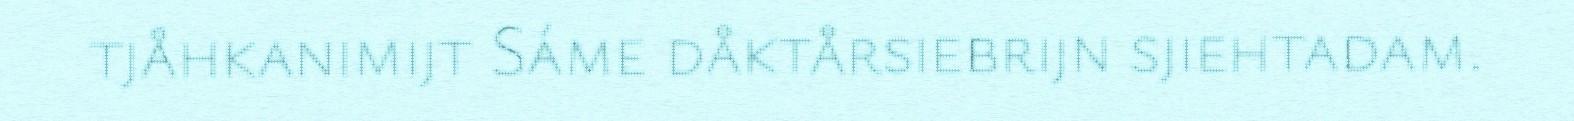
tjåhkanimijt Sáme dåktårsiebrijn sjiehtadam.